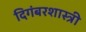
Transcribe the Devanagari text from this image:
दिगंबरशास्त्री